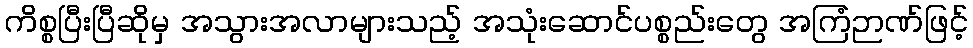
ကိစ္စပြီးပြီဆိုမှ အသွားအလာများသည့် အသုံးဆောင်ပစ္စည်းတွေ အကြံဉာဏ်ဖြင့်